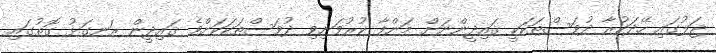
ޖަލުގައި ހޭދަކުރާ ދުވަސްތަކަކީ ޤައިދީންނަށް މަންފާ ކުރުވަނިވި ދުވަސްތަކަކަށްވެ ޤައިދީން ރަނގަޅު ގޮތުގައި